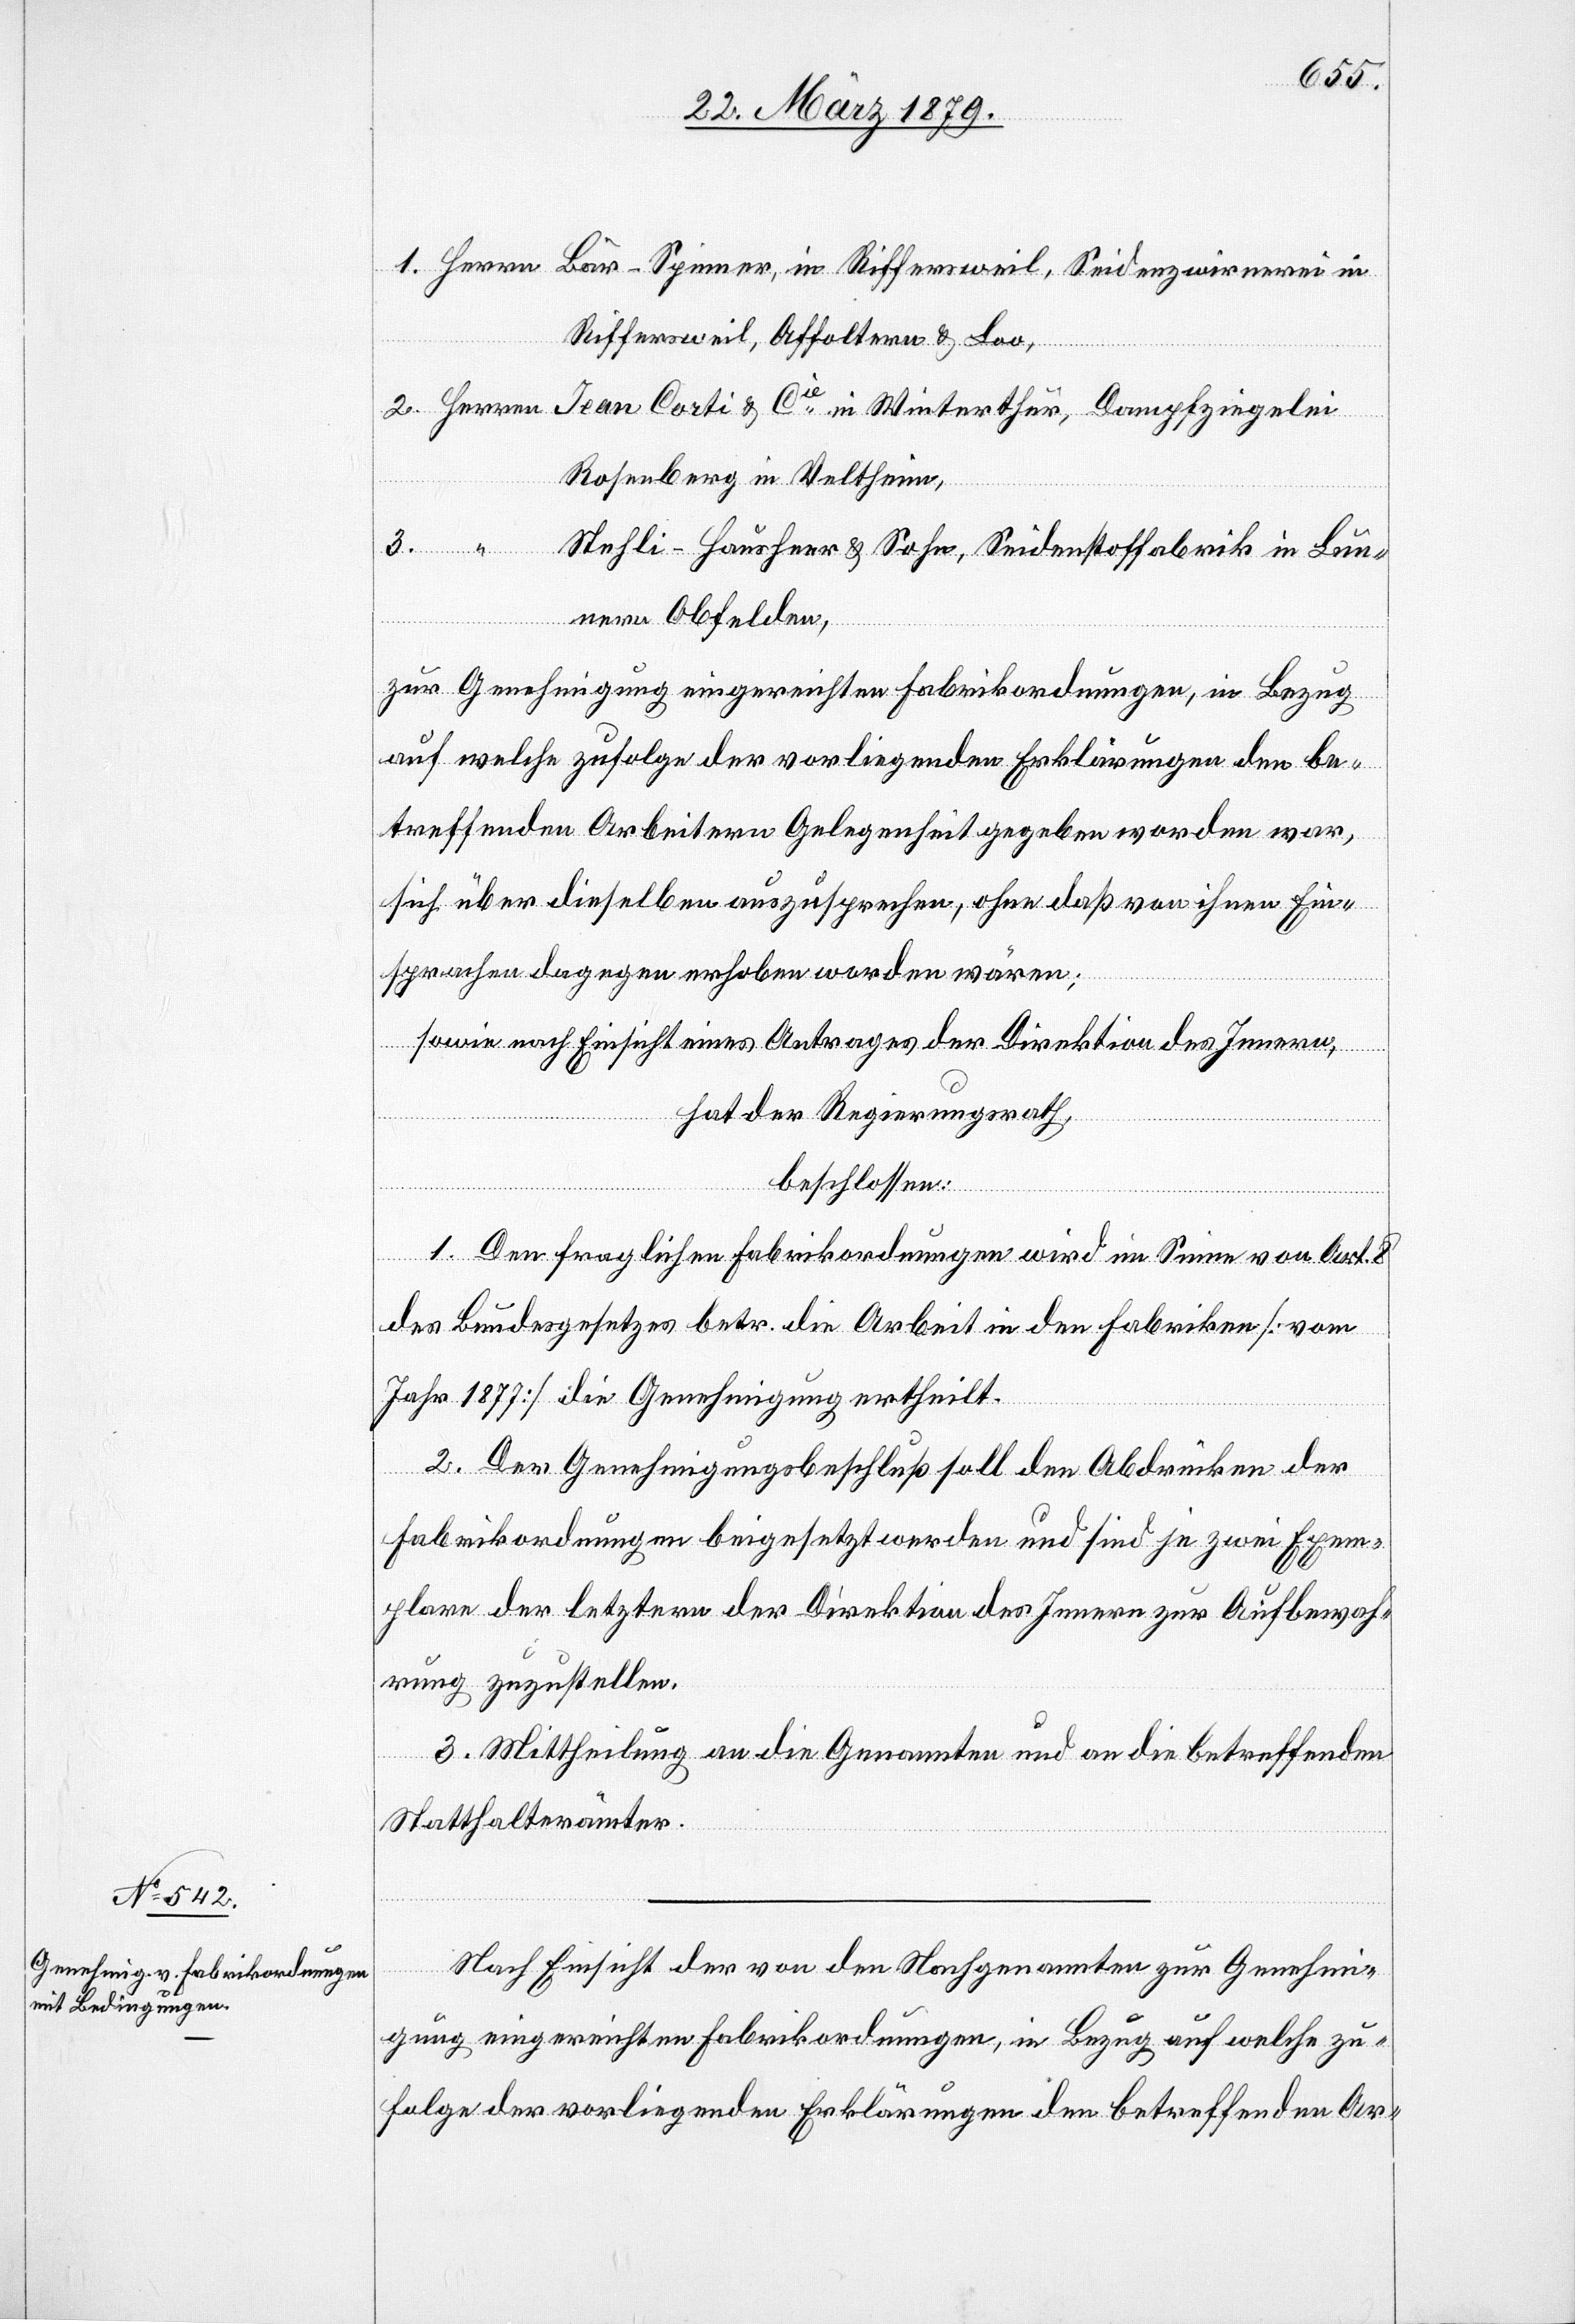
1. Herrn Bär-Spinner, in Riffersweil, Seidenzwirnerei in
Riffersweil, Affoltern & Loo,
2. Herrn Jean Corti & Cie in Winterthur, Dampfziegelei
Rosenberg in Veltheim,
3.
Stehli-Hausheer & Sohn, Seidenstoffabrik in Lun¬
nern, Obfelden,
zur Genehmigung eingereichten Fabrikordnungen, in Bezug
auf welche zufolge der vorliegenden Erklärungen den be¬
treffenden Arbeitern Gelegenheit gegeben worden war,
sich über dieselben auszusprechen, ohne daß von ihnen Ein¬
sprachen dagegen erhoben worden wären;
sowie nach Einsicht eines Antrages der Direktion des Innern,
hat der Regierungsrath,
beschlossen:
1. Den fraglichen Fabrikordnungen wird im Sinne von Art. 8
des Bundesgesetzes betr. die Arbeit in den Fabriken [vom
Jahr 1877] die Genehmigung ertheilt.
2. Der Genehmigungsbeschluß soll den Abdrücken der
Fabrikordnungen beigesetzt werden und sind je zwei Exem¬
plare der letztern der Direktion des Innern zur Aufbewah¬
rung zuzustellen.
3. Mittheilung an die Genannten und an die betreffenden
Statthalterämter.
Nach Einsicht der von den Nachgenannten zur Genehmi¬
gung eingereichten Fabrikordnungen, in Bezug auf welche zu¬
folge der vorliegenden Erklärungen den betreffenden Ar-